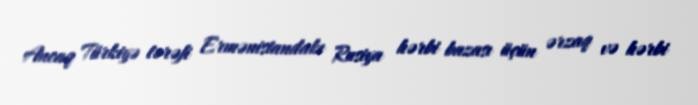
Ancaq Türkiyə tərəfi Ermənistandakı Rusiya hərbi bazası üçün ərzaq və hərbi